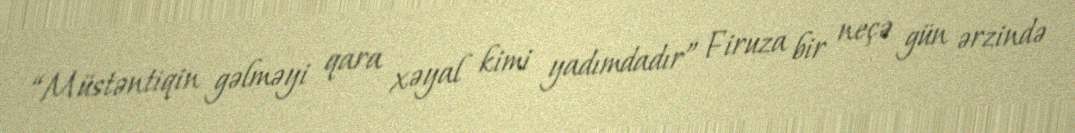
“Müstəntiqin gəlməyi qara xəyal kimi yadımdadır” Firuza bir neçə gün ərzində